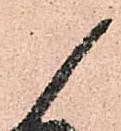
候